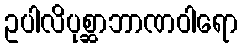
ဥပါလိပုစ္ဆာဘာဏဝါရော